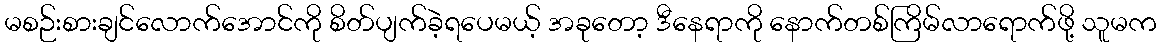
မစဉ်းစားချင်လောက်အောင်ကို စိတ်ပျက်ခဲ့ရပေမယ့် အခုတော့ ဒီနေရာကို နောက်တစ်ကြိမ်လာရောက်ဖို့ သူမက